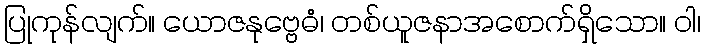
ပြုကုန်လျက်။ ယောဇနုဗ္ဗေဓံ၊ တစ်ယူဇနာအစောက်ရှိသော။ ဝါ၊